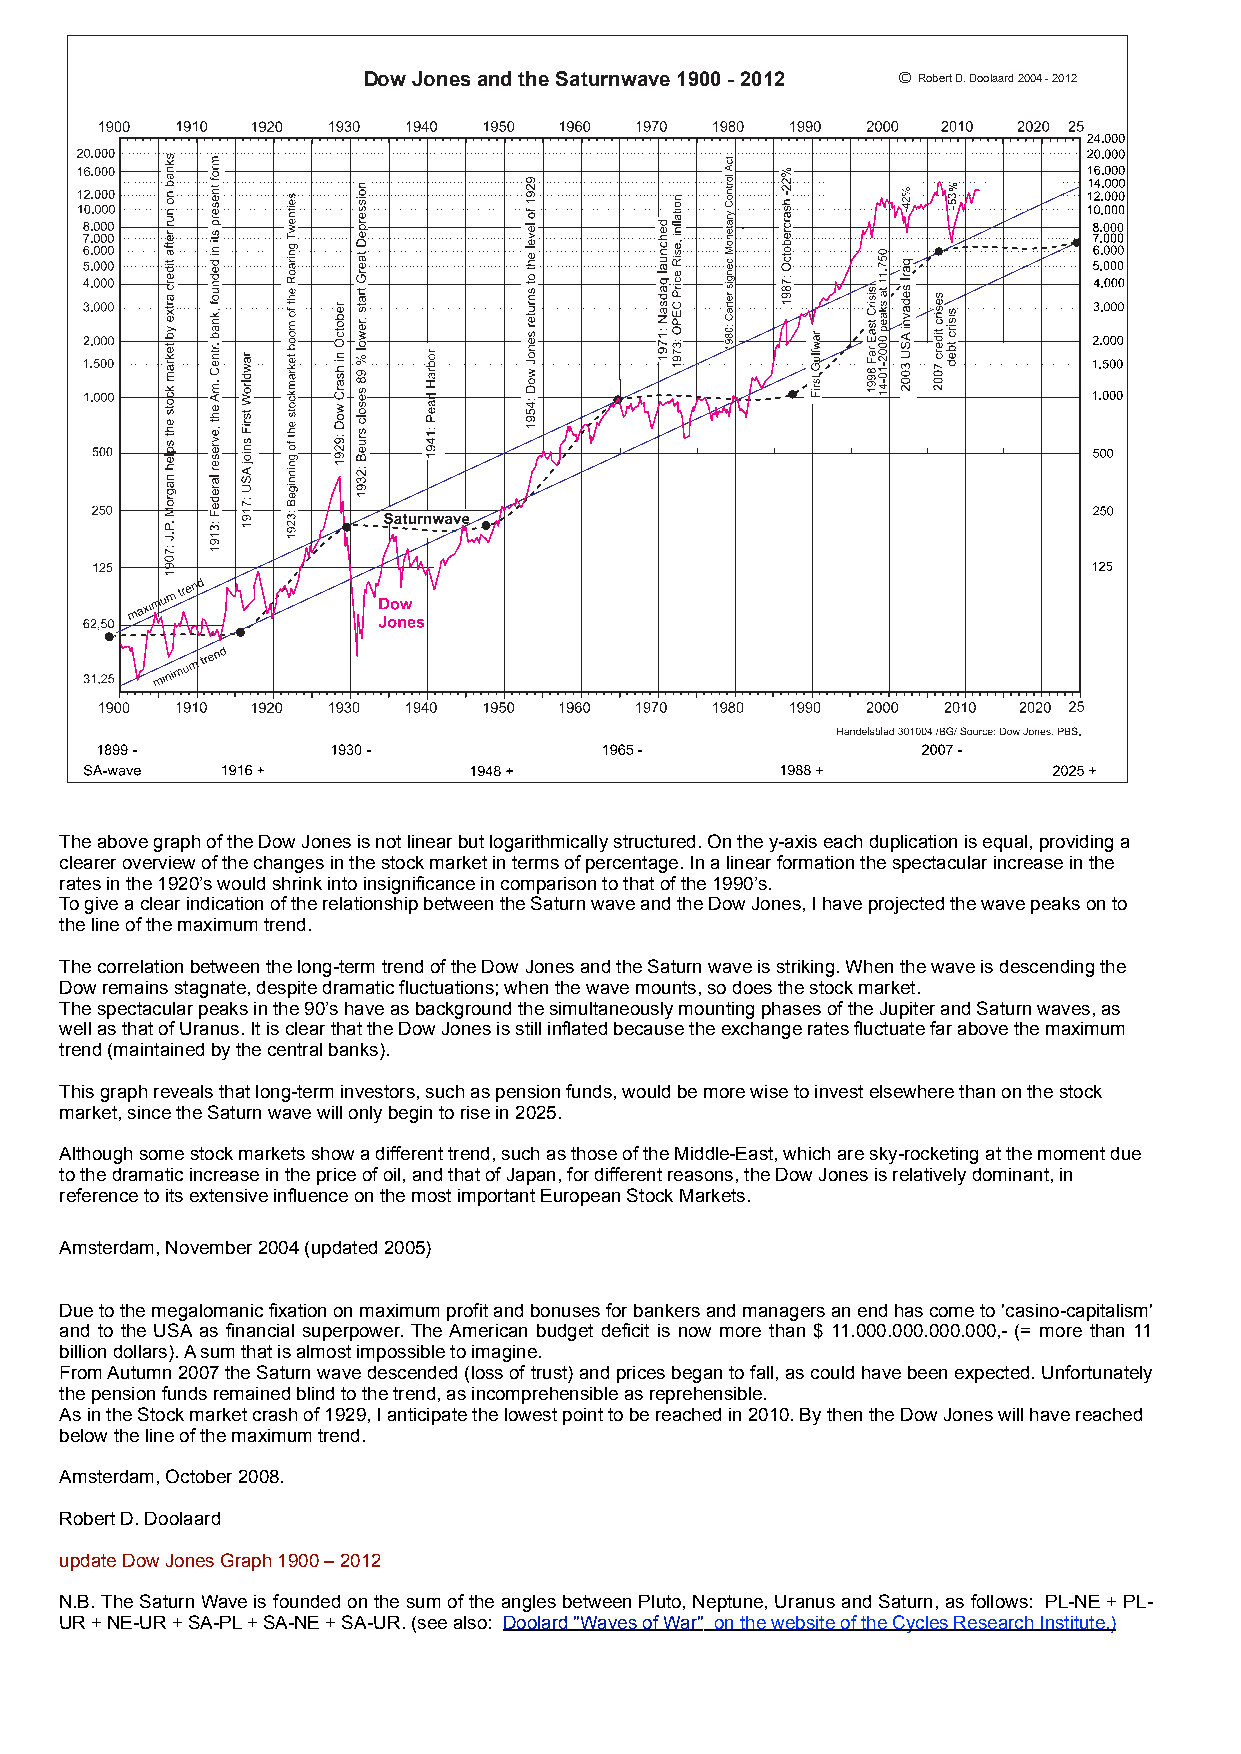
Dow Jones and the Saturnwave 1900 - 2012 ©Robert D. Doolaard 2004 - 2012
 %
 -53
 The above graph of the Dow Jones is not linear but logarithmically structured. On the y-axis each duplication is equal, providing a
 clearer overview of the changes in the stock market in terms of percentage. In a linear formation the spectacular increase in the
 rates in the 1920’s would shrink into insignificance in comparison to that of the 1990’s.
 To give a clear indication of the relationship between the Saturn wave and the Dow Jones, I have projected the wave peaks on to
 the line of the maximum trend.
 The correlation between the long-term trend of the Dow Jones and the Saturn wave is striking. When the wave is descending the
 Dow remains stagnate, despite dramatic fluctuations; when the wave mounts, so does the stock market.
 The spectacular peaks in the 90’s have as background the simultaneously mounting phases of the Jupiter and Saturn waves, as
 well as that of Uranus. It is clear that the Dow Jones is still inflated because the exchange rates fluctuate far above the maximum
 trend (maintained by the central banks).
 This graph reveals that long-term investors, such as pension funds, would be more wise to invest elsewhere than on the stock
 market, since the Saturn wave will only begin to rise in 2025.
 Although some stock markets show a different trend, such as those of the Middle-East, which are sky-rocketing at the moment due
 to the dramatic increase in the price of oil, and that of Japan, for different reasons, the Dow Jones is relatively dominant, in
 reference to its extensive influence on the most important European Stock Markets.
 Amsterdam, November 2004 (updated 2005)
 Due to the megalomanic fixation on maximum profit and bonuses for bankers and managers an end has come to 'casino-capitalism'
 and to the USA as financial superpower. The American budget deficit is now more than $ 11.000.000.000.000,- (= more than 11
 billion dollars). A sum that is almost impossible to imagine.
 From Autumn 2007 the Saturn wave descended (loss of trust) and prices began to fall, as could have been expected. Unfortunately
 the pension funds remained blind to the trend, as incomprehensible as reprehensible.
 As in the Stock market crash of 1929, I anticipate the lowest point to be reached in 2010. By then the Dow Jones will have reached
 below the line of the maximum trend.
 Amsterdam, October 2008.
 Robert D. Doolaard
 update Dow Jones Graph 1900 – 2012
 N.B. The Saturn Wave is founded on the sum of the angles between Pluto, Neptune, Uranus and Saturn, as follows: PL-NE + PL-
 UR + NE-UR + SA-PL + SA-NE + SA-UR. (see also: Doolard "Waves of War" on the website of the Cycles Research Institute.)